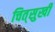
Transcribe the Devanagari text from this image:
चित्‌सुखी